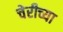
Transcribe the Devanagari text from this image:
चेरीच्या